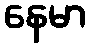
နေမာ